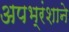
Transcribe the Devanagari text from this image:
अपभ्रंशाने